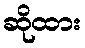
ဆိုထား